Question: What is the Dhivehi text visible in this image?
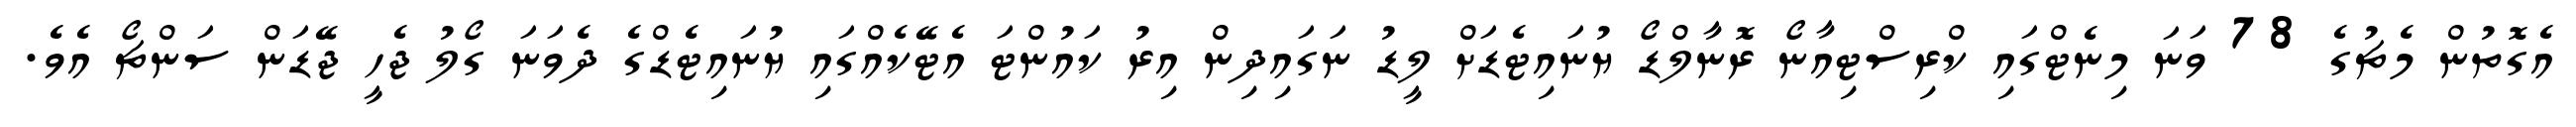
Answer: އެގޮތުން މެޗުގެ 78 ވަނަ މިނެޓްގައި ކްރިސްޓިއާނޯ ރޮނާލްޑޯ ޔުނައިޓެޑަށް ލީޑު ނަގައިދިން އިރު ކައުންޓަ އެޓޭކެއްގައި ޔުނައިޓެޑްގެ ދެވަނަ ގޯލު ޖެހީ ޖޭޑަން ސަންޗޯ އެވެ.